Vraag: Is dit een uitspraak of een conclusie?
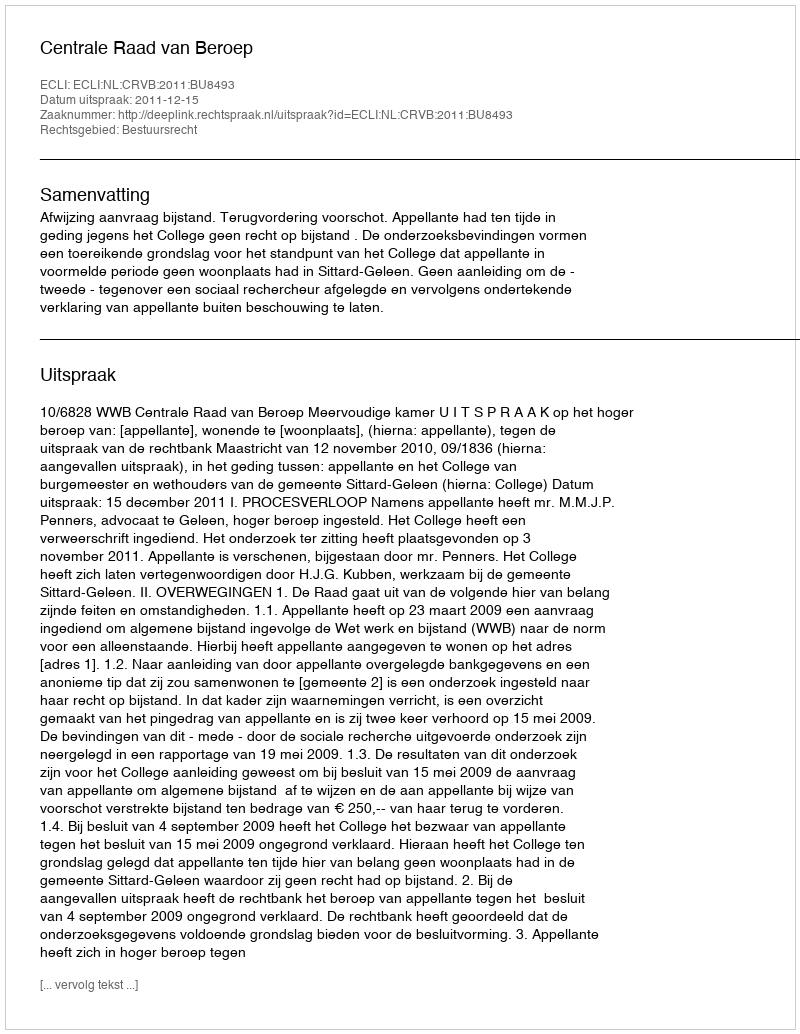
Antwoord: Uitspraak